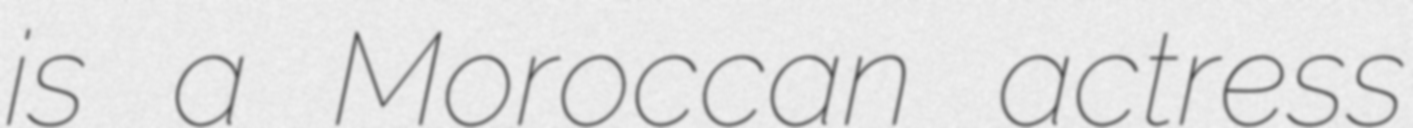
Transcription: is a Moroccan actress